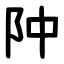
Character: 䦿